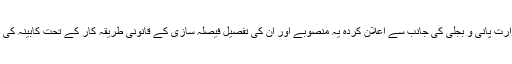
یہ معاملہ کھٹائی میں اس وقت پڑتا نظر آیا جب وزارت پانی و بجلی کی جانب سے اعلان کردہ یہ منصوبے اور ان کی تفصیل فیصلہ سازی کے قانونی طریقہ کار کے تحت کابینہ کی اقتصادی رابطہ کمیٹی کے سامنے پیش کیے گئے۔